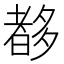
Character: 𡗀